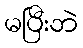
မပြီးဘဲ